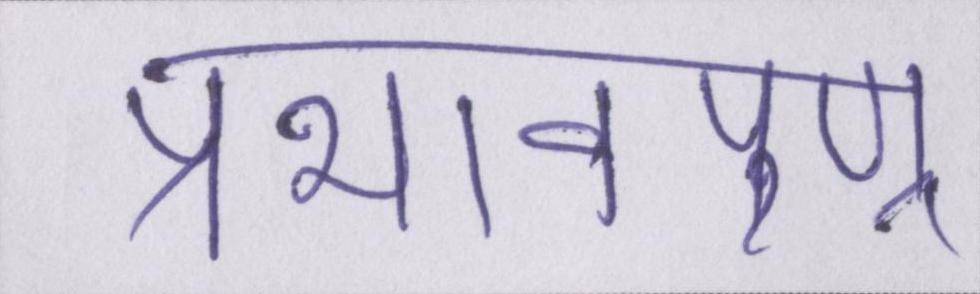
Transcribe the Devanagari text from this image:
प्रभावपूण्र